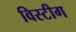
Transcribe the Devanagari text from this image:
विस्टीग